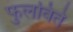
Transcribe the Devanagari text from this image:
फुलविते